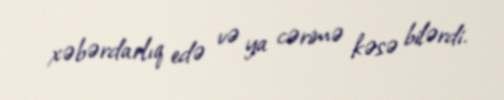
xəbərdarlıq edə və ya cərimə kəsə bilərdi.